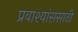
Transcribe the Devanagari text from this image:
प्रवाश्यांससाठी